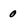
Character: 0